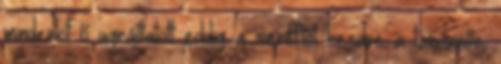
mindenkit ő ugráltatott eddig a serifftől kezdve a tanárnőn,